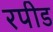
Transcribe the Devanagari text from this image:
रपीड